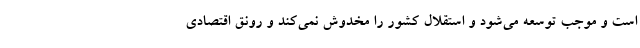
است و موجب توسعه می‌شود و استقلال کشور را مخدوش نمی‌کند و رونق اقتصادی